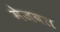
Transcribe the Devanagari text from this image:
मेजवत